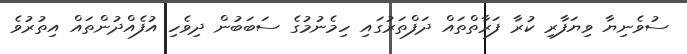
ސުވެނިޔާ ވިޔަފާރި ކުރާ ފަރާތްތައް ދަފްތަރުގައި ހިމެނުމުގެ ސަބަބުން ދިވެހި އުފެއްދުންތައް އިތުރުވެ